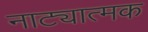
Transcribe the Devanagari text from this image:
नाट्यात्मक